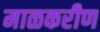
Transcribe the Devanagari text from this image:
माळकरीण